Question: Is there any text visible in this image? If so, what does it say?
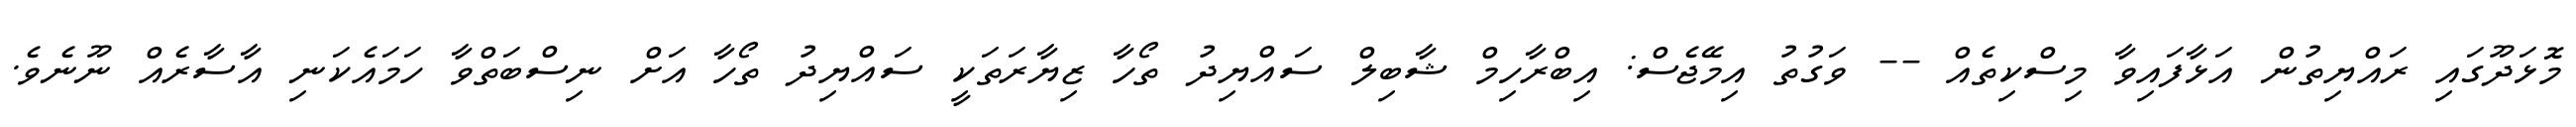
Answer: މޮޅަދޫގައި ރައްޔިތުން އަޅާފައިވާ މިސްކިތެއް -- ވަގުތު އިމޭޖެސް: އިބްރާހިމް ޝާބިލް ސައްޔިދު ތޯހާ ޒިޔާރަތަކީ ސައްޔިދު ތޯހާ އަށް ނިސްބަތްވާ ހަމައެކަނި އާސާރެއް ނޫނެވެ.